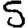
Digit: 5